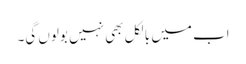
اب میں بالکل بھی نہیں بولوں گی۔